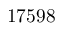
1 7 5 9 8